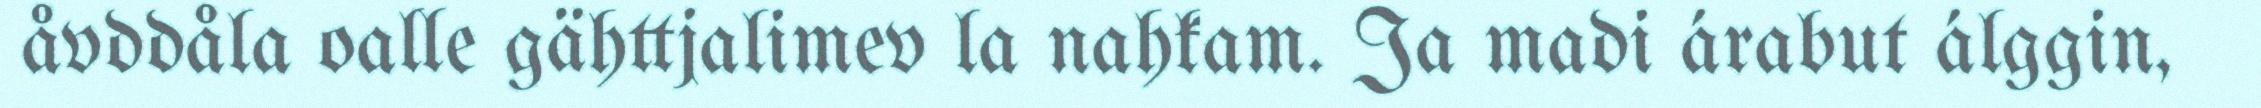
åvddåla oalle gähttjalimev la nahkam. Ja madi árabut álggin,